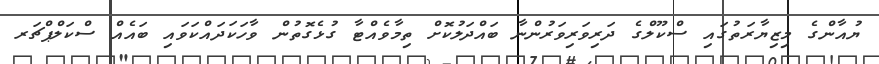
ޔުއާންގެ މިޒިޔާރަތުގައި ސްކޫލްގެ ދަރިވަރިވަރުންނާ ބައްދަލުކޮށް ތިމާވެއްޓާ ގުޅެގޮތުން ވާހަކަދައްކަވައި ބައެއް ސްކަލްޕްޗަރ